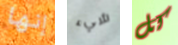
إنها شيء كل